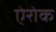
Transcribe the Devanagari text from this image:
ऐरोक